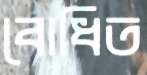
বোধিত